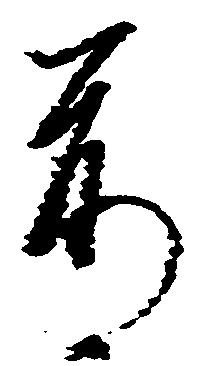
前